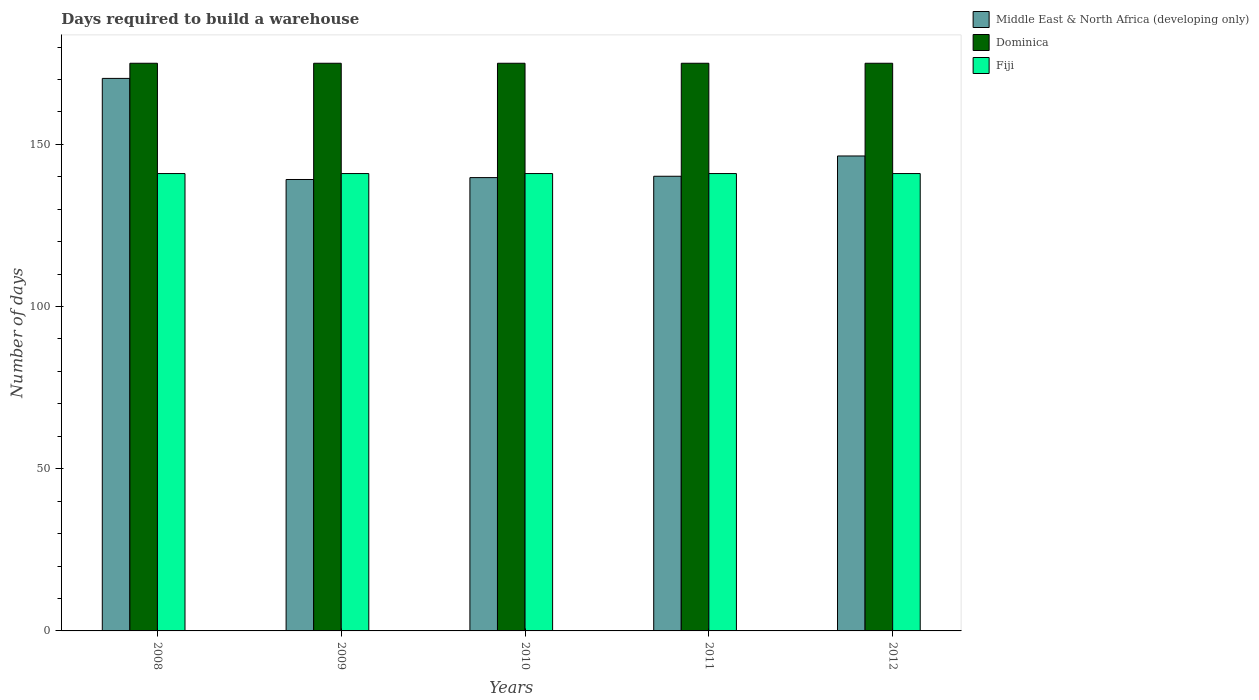
| Years | Middle East & North Africa (developing only) | Dominica | Fiji |
 | --- | --- | --- | --- |
 | 2008 | 170 | 175 | 141 |
 | 2009 | 139 | 175 | 141 |
 | 2010 | 140 | 175 | 141 |
 | 2011 | 140 | 175 | 141 |
 | 2012 | 146 | 175 | 141 |